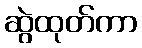
ဆွဲထုတ်ကာ